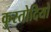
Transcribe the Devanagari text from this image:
कुस्तोदियो